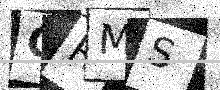
Text: CRMS